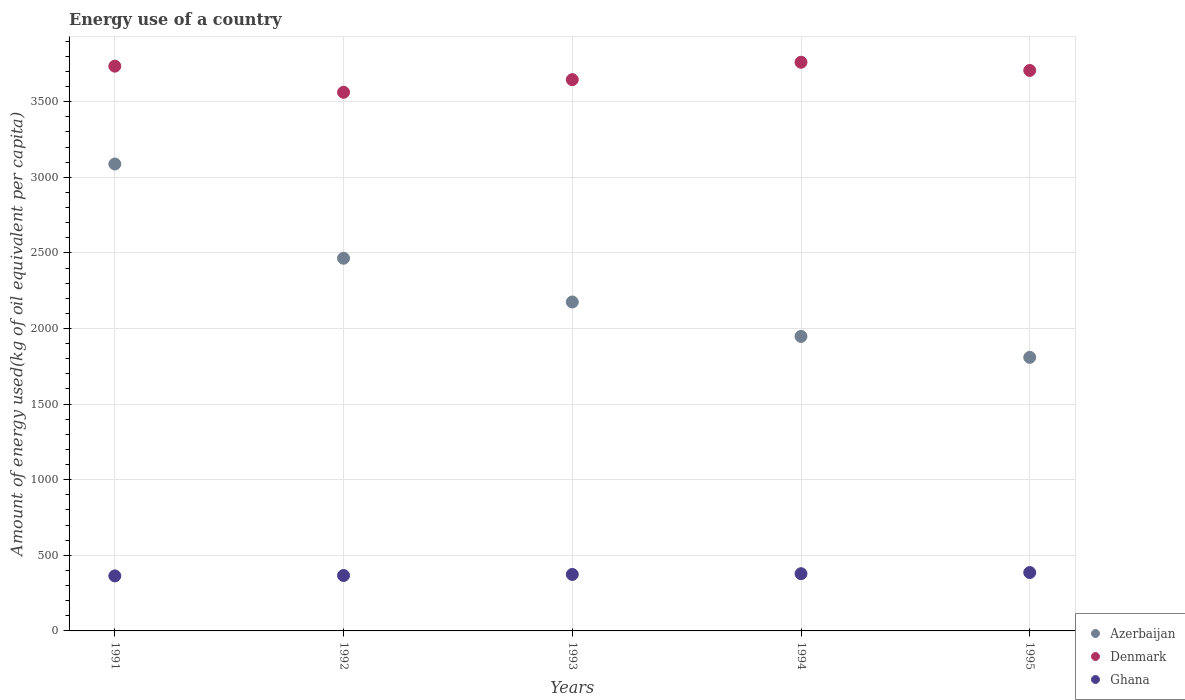
| Years | Azerbaijan | Denmark | Ghana |
 | --- | --- | --- | --- |
 | 1991 | 3.09e+03 | 3.74e+03 | 364 |
 | 1992 | 2.46e+03 | 3.56e+03 | 367 |
 | 1993 | 2.18e+03 | 3.65e+03 | 374 |
 | 1994 | 1.95e+03 | 3.76e+03 | 378 |
 | 1995 | 1.81e+03 | 3.71e+03 | 386 |